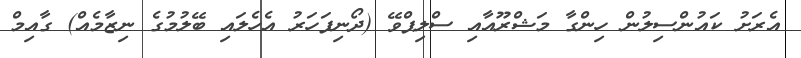
އެރަށު ކައުންސިލުން ހިންގާ މަޝްރޫއާއި ސްލިޕްވޭ (ދޯނިފަހަރު އެހެލައި ބޭލުމުގެ ނިޒާމެއް) ގާއިމް